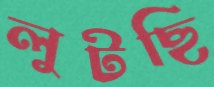
লুটছি